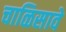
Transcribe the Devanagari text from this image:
चाळिसावे